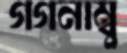
গগনাম্বু